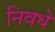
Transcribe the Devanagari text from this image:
निवधे